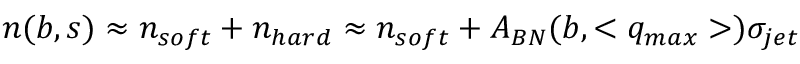
n ( b , s ) \approx n _ { s o f t } + n _ { h a r d } \approx n _ { s o f t } + A _ { B N } ( b , < q _ { m a x } > ) \sigma _ { j e t }